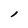
Character: l